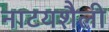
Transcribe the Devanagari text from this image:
नाटयशैली